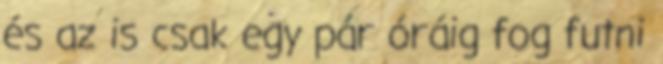
és az is csak egy pár óráig fog futni